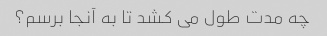
چه مدت طول می کشد تا به آنجا برسم؟